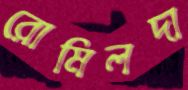
রোমিলদা